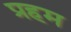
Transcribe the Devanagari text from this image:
प्रहम